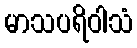
မာသပရိဝါသံ